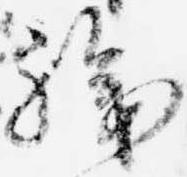
職